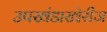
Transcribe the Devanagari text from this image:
उपखंडाखेरीज